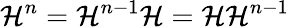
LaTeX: \mathcal{H}^{n}=\mathcal{H}^{n-1}\mathcal{H}=\mathcal{H}\mathcal{H}^{n-1}